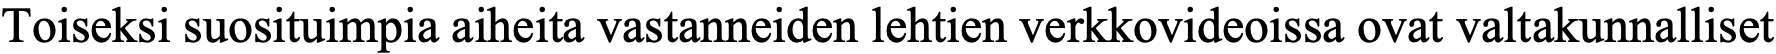
Toiseksi suosituimpia aiheita vastanneiden lehtien verkkovideoissa ovat valtakunnalliset